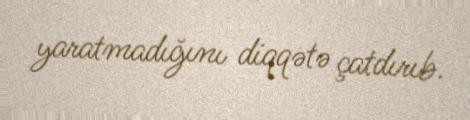
yaratmadığını diqqətə çatdırıb.